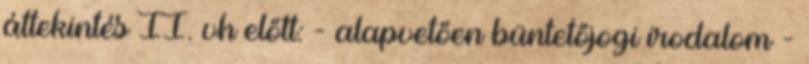
áttekintés II. vh előtt: - alapvetően büntetőjogi irodalom -